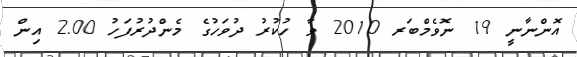
އޮންނާނީ 19 ނޮވެމްބަރ 2010 ވާ ހުކުރު ދުވަހުގެ މެންދުރުފަހު 2.00 އިން